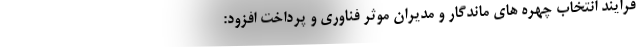
فرایند انتخاب چهره های ماندگار و مدیران موثر فناوری و پرداخت افزود: